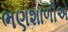
ભણશાળીએ